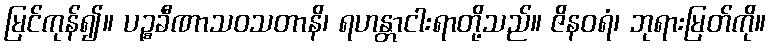
မြင်ကုန်၍။ ပဉ္စခီဏာသဝသတာနိ၊ ရဟန္တာငါးရာတို့သည်။ ဇိနဝရံ၊ ဘုရားမြတ်ကို။